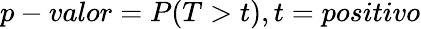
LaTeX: p-valor=P(T>t),t=positivo